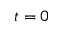
t = 0